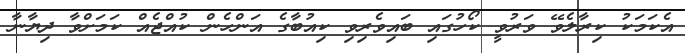
އެކަމަކު ކިރާލެވޭ ވަރުވީ ކޯހުގައި ބައިވެރިވި ކިއުބާގެ އަންހެން ކުއްޖެއް ކަމަށްވާ ދިޔާނާ